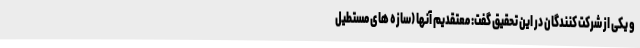
و یکی از شرکت کنندگان در این تحقیق گفت: معتقدیم آنها (سازه های مستطیل